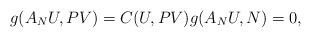
LaTeX: \begin{align*}g(A_{N}U,PV)=C(U,PV)g(A_{N}U,N)=0, \end{align*}